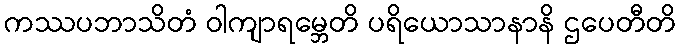
ကဿပဘာသိတံ ဝါကျာရမ္ဘေတိ ပရိယောသာနာနိ ဌပေတီတိ